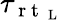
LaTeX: \tau_{\mathrm{~r~t~}_{\mathrm{~L~}}}